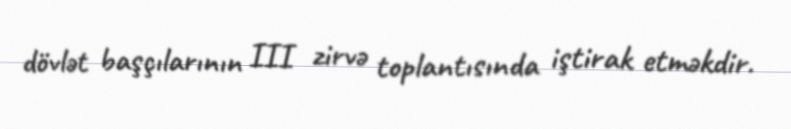
dövlət başçılarının III zirvə toplantısında iştirak etməkdir.